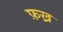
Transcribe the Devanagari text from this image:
फ़ख्र